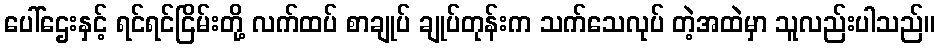
ပေါ်ဌေးနှင့် ရင်ရင်ငြိမ်းတို့ လက်ထပ် စာချုပ် ချုပ်တုန်းက သက်သေလုပ် တဲ့အထဲမှာ သူလည်းပါသည်။